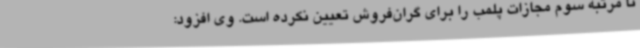
تا مرتبه سوم مجازات پلمب را برای گران‌فروش تعیین نکرده است. وی افزود: